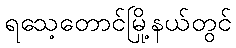
ရသေ့တောင်မြို့နယ်တွင်